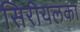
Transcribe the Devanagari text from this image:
सिरीयलका